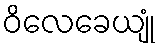
ဝိလေခေယျုံ